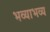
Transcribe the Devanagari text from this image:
भव्याभव्य